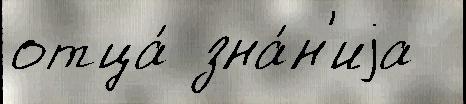
отца́ зна́н'иjа